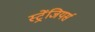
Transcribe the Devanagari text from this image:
स्ट्रेंजियर्स